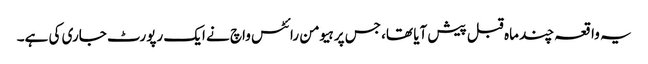
یہ واقعہ چند ماہ قبل پیش آیا تھا، جس پر ہیومن رائٹس واچ نے ایک رپورٹ جاری کی ہے۔